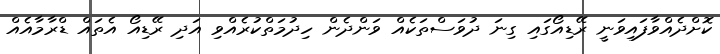
ކޮށްދެއްވާފައިވަނީ ރޭޑިއޯގައި ގިނަ ދުވަސްތަކެއް ވަންދެން ހިދުމަތްކުރެއްވި އަދި ރޭޑިއޯ އެތައް ޑްރާމާއެއް